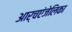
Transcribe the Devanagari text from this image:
आर्चएंजेलिका